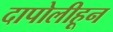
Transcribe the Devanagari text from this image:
दापोलीहून